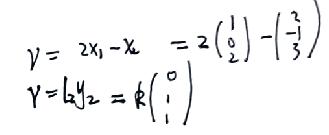
\begin{align*}
\gamma&=2x_1 - x_2=2\begin{pmatrix}1\\0\\2\end{pmatrix}-\begin{pmatrix}2\\ - 1\\3\end{pmatrix}\\
\gamma&=k y_2=k\begin{pmatrix}0\\1\\1\end{pmatrix}
\end{align*}